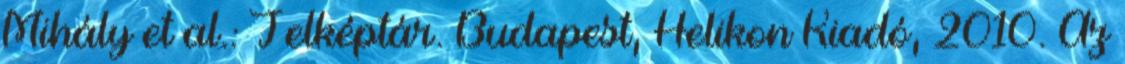
Mihály et al.: Jelképtár. Budapest, Helikon Kiadó, 2010. Az